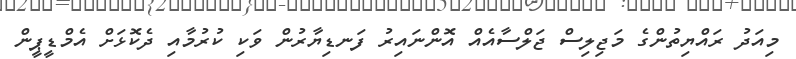
މިއަދު ރައްޔިތުންގެ މަޖިލިސް ޖަލްސާއެއް އޮންނައިރު ފަނޑިޔާރުން ވަކި ކުރުމާއި ދެކޮޅަށް އެމްޑީޕީން